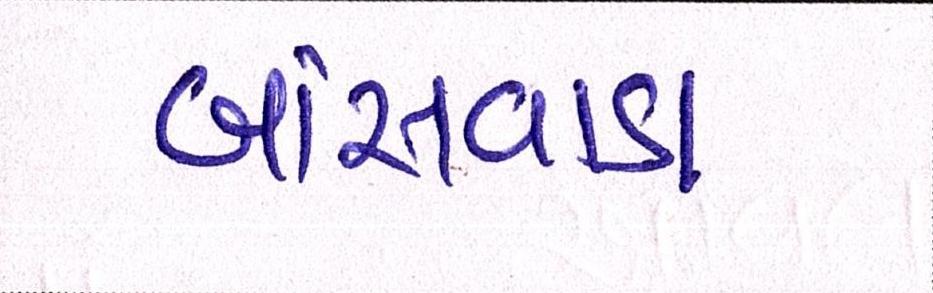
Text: બાંસવાડા